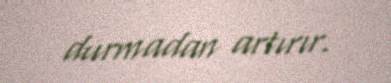
durmadan artırır.